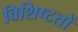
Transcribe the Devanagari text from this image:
विशिष्टतों